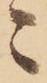
々